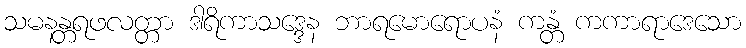
သမနန္တရဖလတ္တာ ဒါရိကာသဒ္ဒေန ဘာရမောရောပနံ ကန္တံ ကကာရာဒေသော